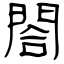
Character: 閤